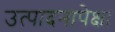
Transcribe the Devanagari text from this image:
उत्पादनापेक्षा